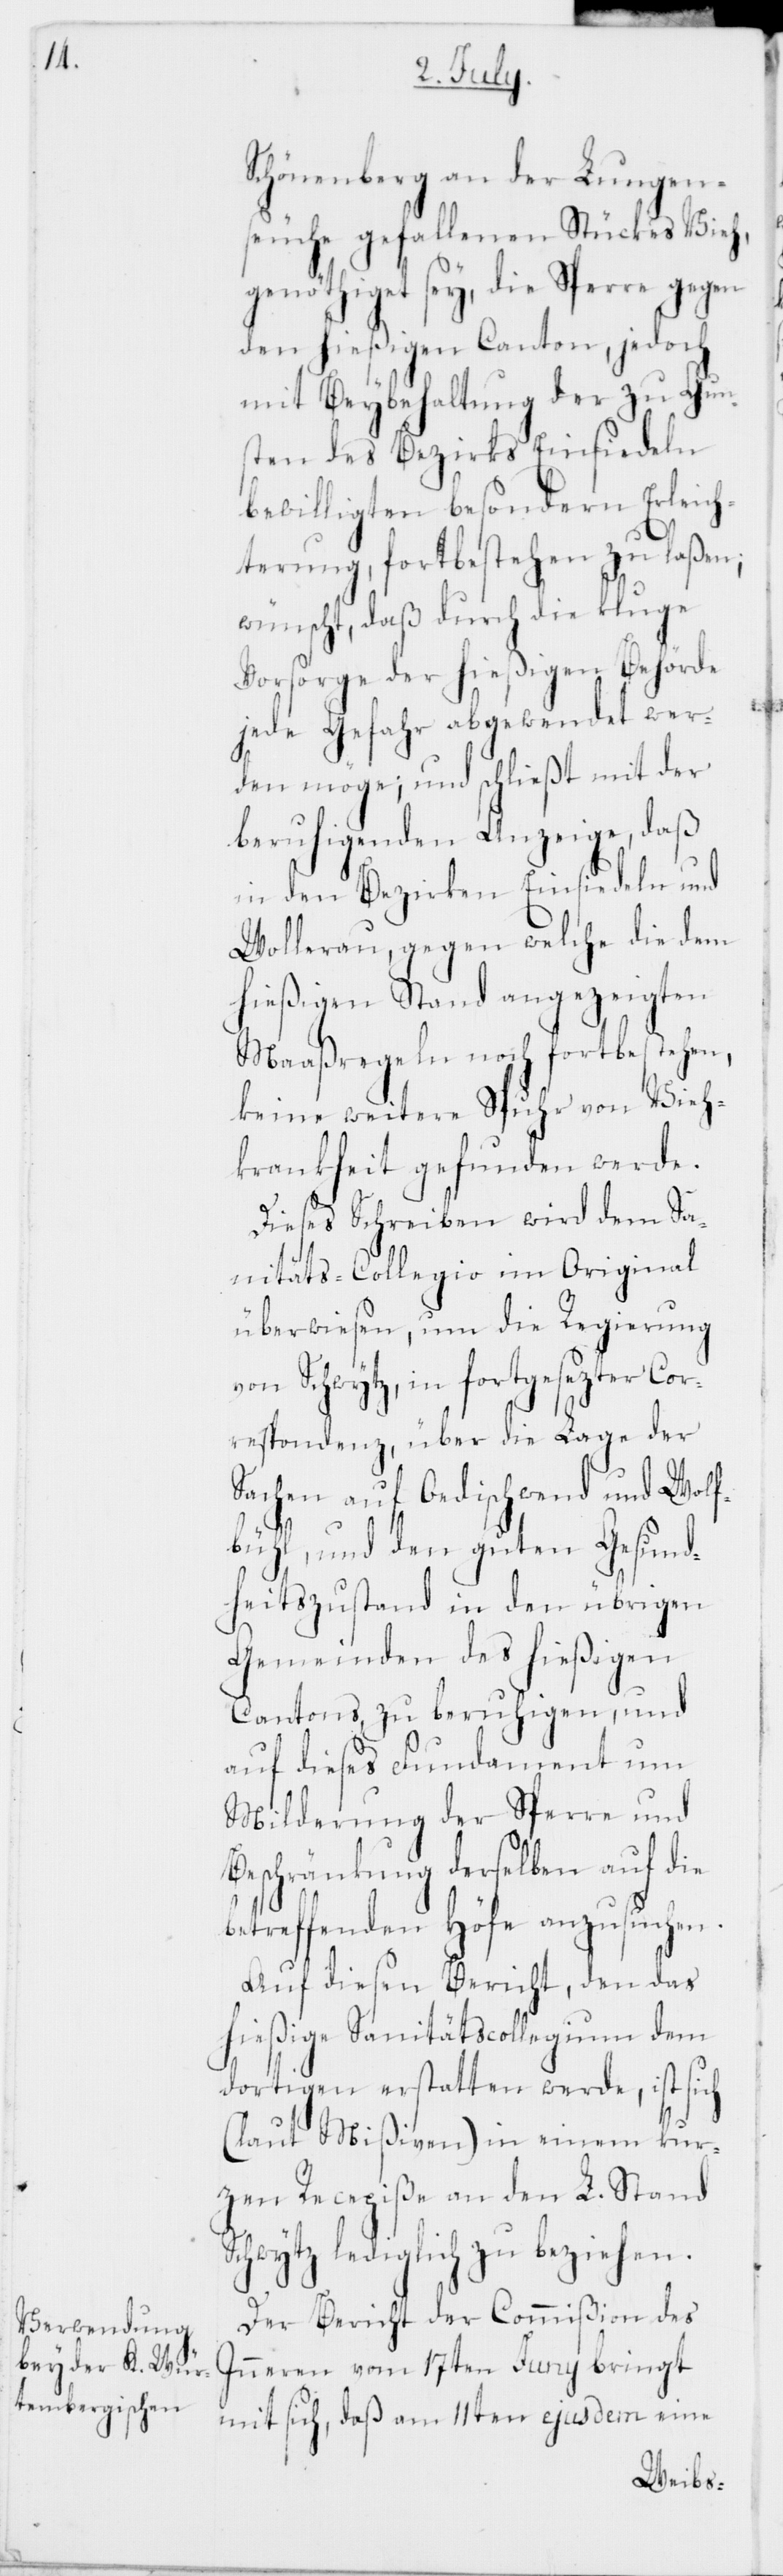
Schönenberg an der Lungen¬
seuche gefallenen Stückes Vieh,
genöthiget sey, die Sperre gegen
den hießigen Canton, jedoch
mit Beybehaltung der zu Gun¬
sten des Bezirks Einsiedeln
bewilligten besondern Erleich¬
terung, fortbestehen zu laßen;
wünscht, daß durch die kluge
Vorsorge der hießigen Behörde
jede Gefahr abgewendet wer¬
den möge; und schließt mit der
beruhigenden Anzeige, daß
in den Bezirken Einsiedeln und
Wollerau, gegen welche die dem
hießigen Stand angezeigten
Maaßregeln noch fortbestehen,
keine weitere Spuhr von Vieh¬
krankheit gefunden werde.
Dieses Schreiben wird dem Sa¬
nitäts-Collegio im Original
überwiesen, um die Regierung
Schwytz, in fortgesezter Cor¬
respondenz, über die Lage der
Sachen auf Oedischwend und Wolf¬
bühl, und den guten Gesund¬
heitszustand in den übrigen
Gemeinden des hießigen
Cantons zu beruhigen, und
auf dieses Fundament um
Milderung der Sperre und
Beschränkung derselben auf die
betreffenden Höfe anzusuchen.
Auf diesen Bericht, den das
hießige Sanitätscollegium dem
dortigen erstatten werde, ist sich
(laut Mißiven) in einem kur¬
zen Recepiße an den L. Stand
Schwytz lediglich zu beziehen.
Der Bericht der Commißion des
Inneren vom 17ten Juny bringt
mit sich, daß am 11ten ejusdem eine